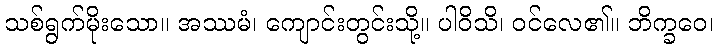
သစ်ရွက်မိုးသော။ အဿမံ၊ ကျောင်းတွင်းသို့။ ပါဝိသိ၊ ဝင်လေ၏။ ဘိက္ခဝေ၊